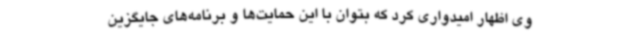
وی اظهار امیدواری کرد که بتوان با این حمایت‌ها و برنامه‌های جایگزین